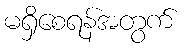
မရှိစေရန်အတွက်